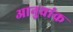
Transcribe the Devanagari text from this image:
आनुवांक